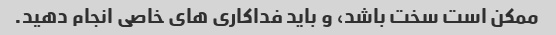
ممکن است سخت باشد، و باید فداکاری های خاصی انجام دهید.